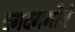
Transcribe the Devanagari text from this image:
दगदगगीने